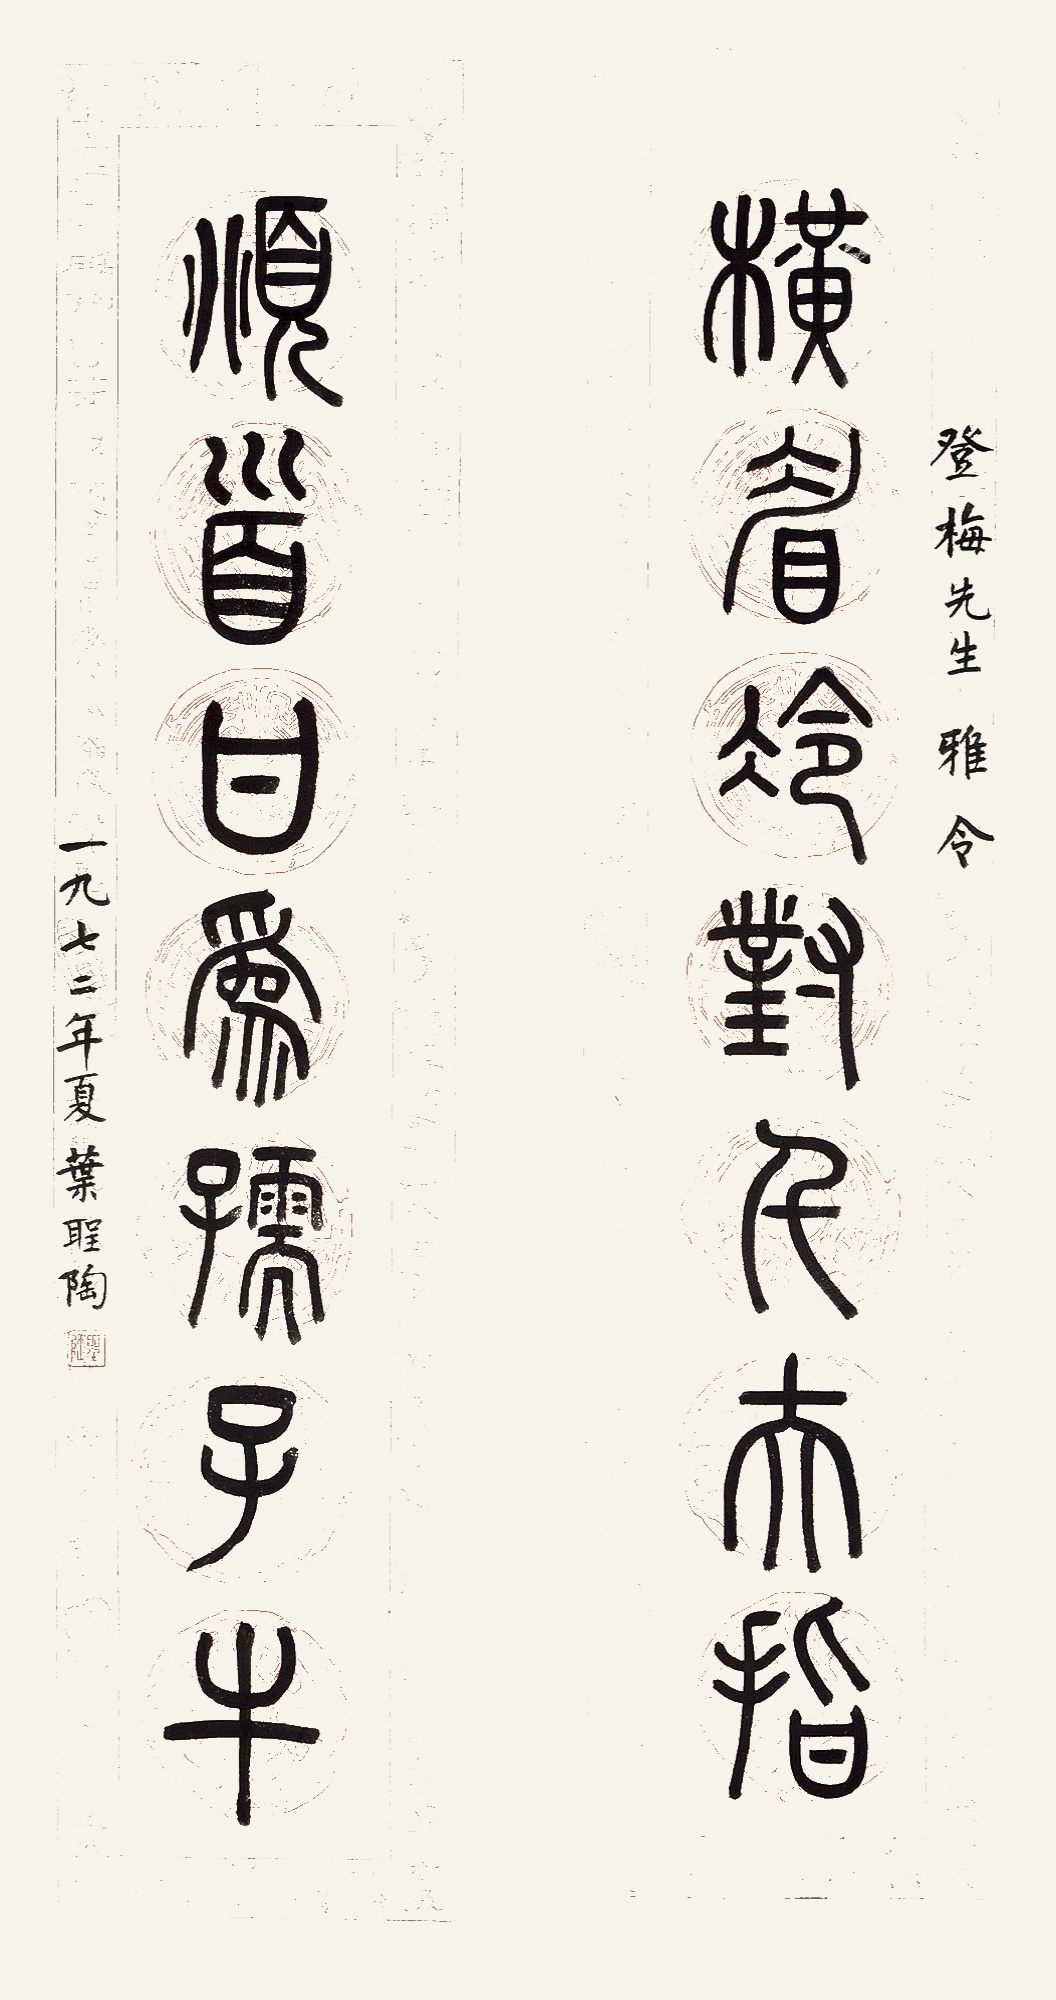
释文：横眉冷对千夫指，俯首甘为孺子牛。登梅先生雅令，一九七二年夏叶圣陶。